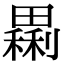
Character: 𤳝